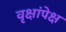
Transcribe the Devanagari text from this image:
वृक्षांपेक्ष